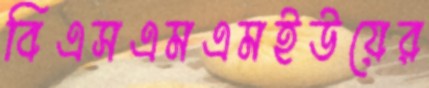
বিএসএমএমইউয়ের